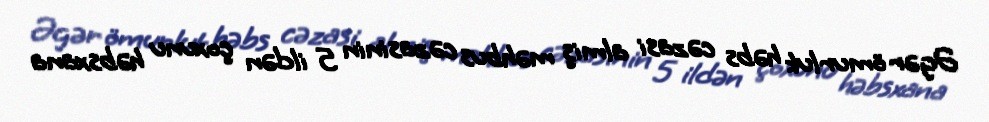
Əgər ömurluk həbs cəzasi almiş məhbus cəzasinin 5 ildən çoxunu həbsxana